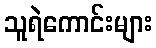
သူရဲကောင်းများ